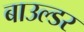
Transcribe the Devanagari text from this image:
बाउल्डर